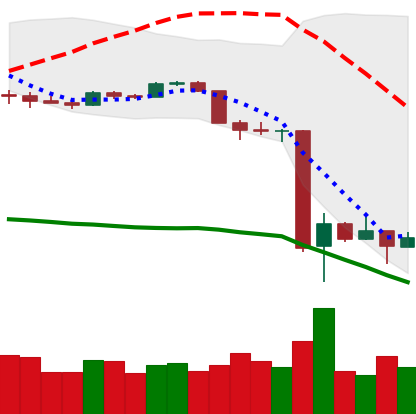
Ticker: BTC-USD
Chart end date: 2020-03-17
Forward return: 11.57%
Label: up_7plus